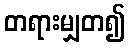
တရားမျှတ၍